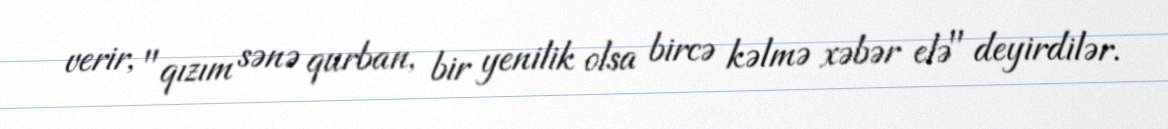
verir, "qızım sənə qurban, bir yenilik olsa bircə kəlmə xəbər elə" deyirdilər.